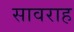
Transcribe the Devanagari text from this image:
सावराह